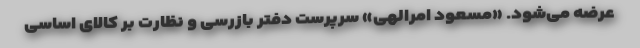
عرضه می‌شود. «مسعود امرالهی» سرپرست دفتر بازرسی و نظارت بر کالای اساسی